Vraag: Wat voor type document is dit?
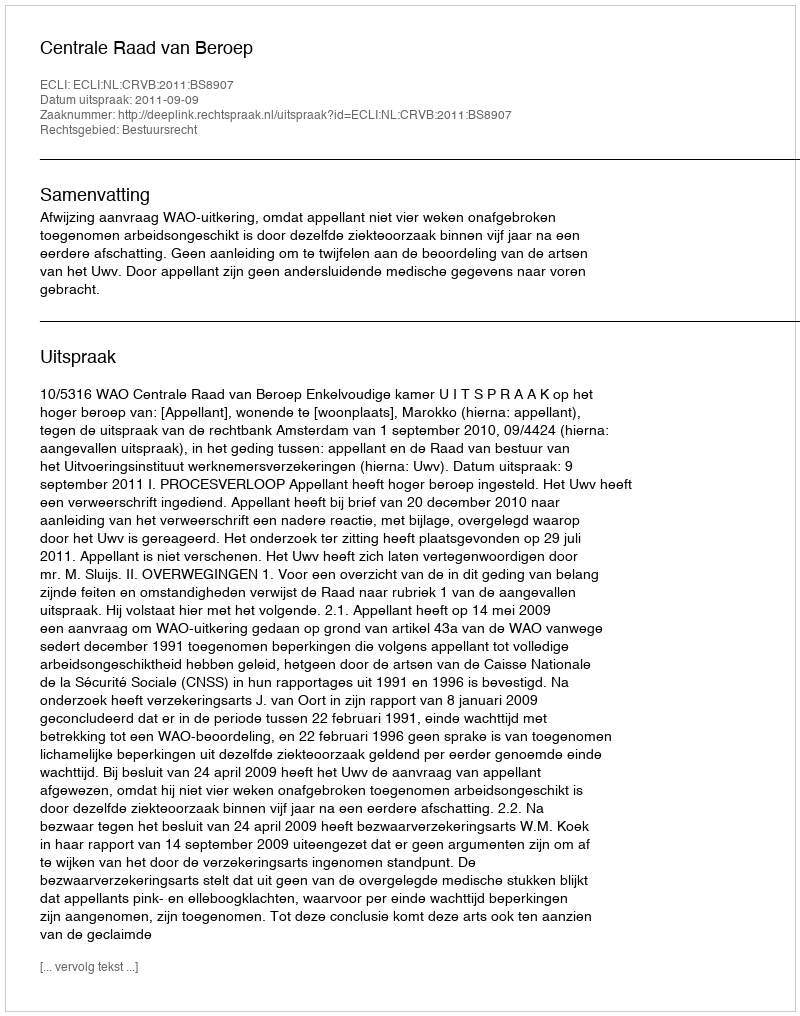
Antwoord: Uitspraak